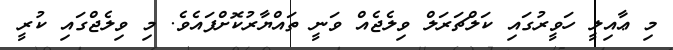
މި ޢާއިލީ ހަވީރުގައި ކަލްޗަރަލް ވިލެޖެއް ވަނީ ތައްޔާރުކޮށްފައެވެ. މި ވިލެޖްގައި ކުރީ